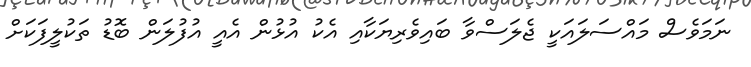
ނަމަވެސް މައްސަލައަކީ ޖެލަސްވާ ބައިވެރިޔަކާއި އެކު އުޅުން އެއީ އުފުލަން ބޮޑު ތަކުލީފަކަށް